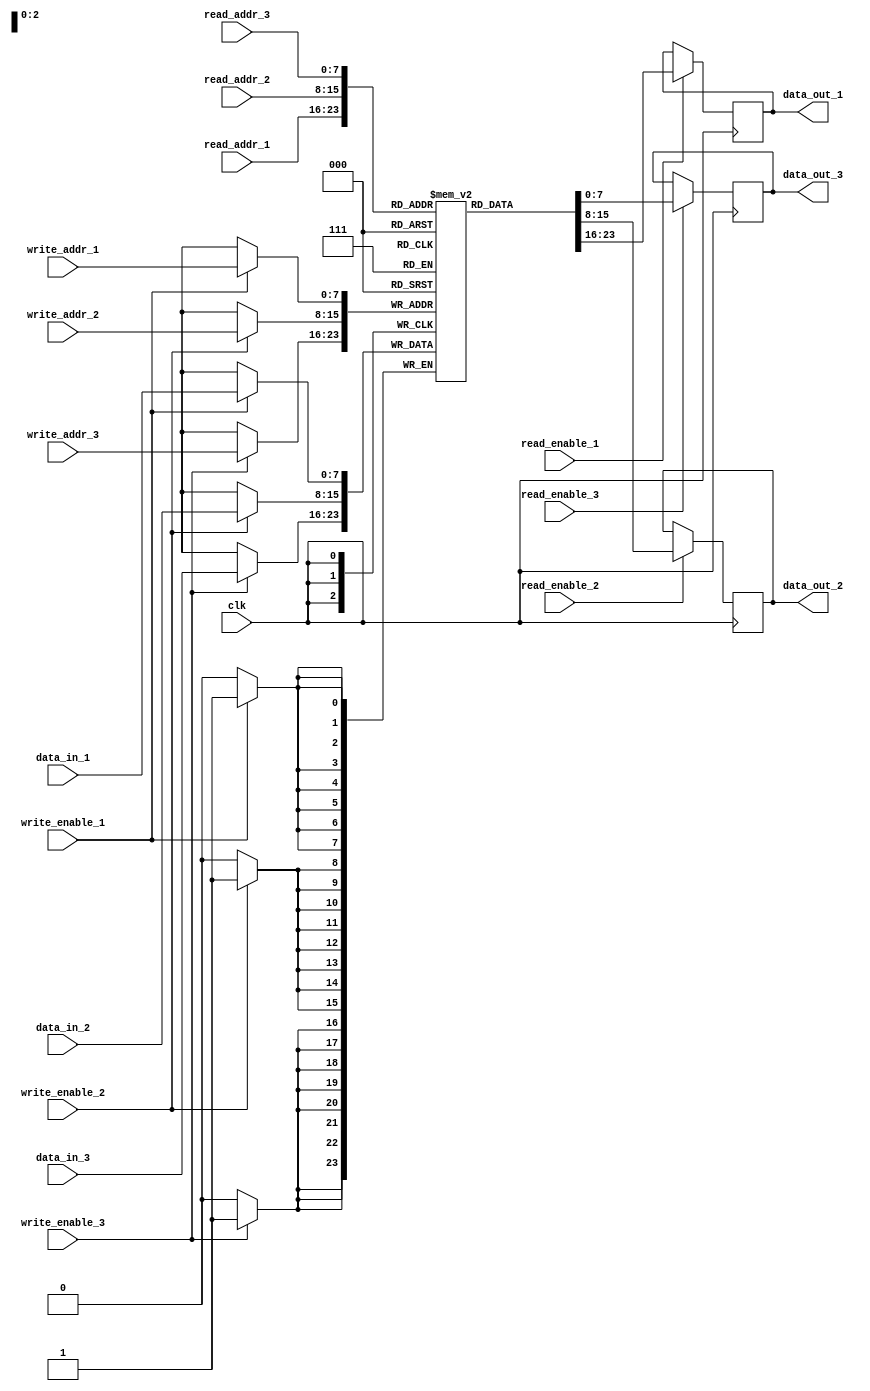
module triple_port_register_file (
  input [7:0] read_addr_1,
  input [7:0] read_addr_2,
  input [7:0] read_addr_3,
  input [7:0] write_addr_1,
  input [7:0] write_addr_2,
  input [7:0] write_addr_3,
  input [7:0] data_in_1,
  input [7:0] data_in_2,
  input [7:0] data_in_3,
  input read_enable_1,
  input read_enable_2,
  input read_enable_3,
  input write_enable_1,
  input write_enable_2,
  input write_enable_3,
  input clk,
  output reg [7:0] data_out_1,
  output reg [7:0] data_out_2,
  output reg [7:0] data_out_3
);

reg [7:0] memory_block [0:255];

always @(posedge clk) begin
  if (read_enable_1)
    data_out_1 <= memory_block[read_addr_1];
  if (read_enable_2)
    data_out_2 <= memory_block[read_addr_2];
  if (read_enable_3)
    data_out_3 <= memory_block[read_addr_3];
    
  if (write_enable_1)
    memory_block[write_addr_1] <= data_in_1;
  if (write_enable_2)
    memory_block[write_addr_2] <= data_in_2;
  if (write_enable_3)
    memory_block[write_addr_3] <= data_in_3;
end

endmodule